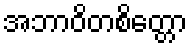
အဘာဝိတစိတ္တော